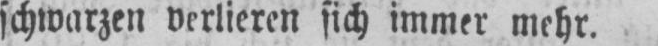
schwarzen verlieren sich immer mehr.